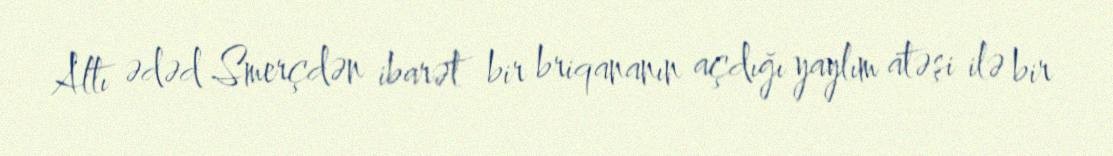
Altı ədəd Smerçdən ibarət bir briqananın açdığı yaylım atəşi ilə bir